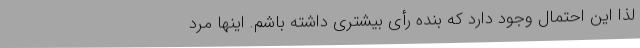
لذا این احتمال وجود دارد که بنده رأی بیشتری داشته باشم. اینها مرد